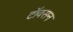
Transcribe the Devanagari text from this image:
टॉवसन